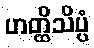
ဟတ္ထိသိပ္ပံ